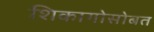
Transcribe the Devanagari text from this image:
शिकागोसोबत